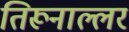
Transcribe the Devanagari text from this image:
तिरूनाल्लर